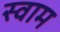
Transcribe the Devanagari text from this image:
स्वाम